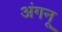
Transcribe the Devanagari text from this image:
अंगनू